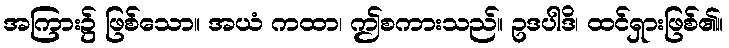
အကြား၌ ဖြစ်သော။ အယံ ကထာ၊ ဤစကားသည်။ ဥဒပါဒိ၊ ထင်ရှားဖြစ်၏။